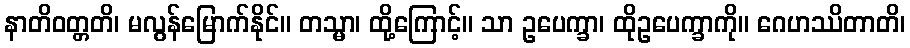
နာတိဝတ္တတိ၊ မလွန်မြောက်နိုင်။ တသ္မာ၊ ထို့ကြောင့်။ သာ ဥပေက္ခာ၊ ထိုဥပေက္ခာကို။ ဂေဟဿိတာတိ၊